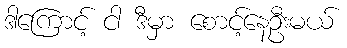
ဒါကြောင့် ငါ ဒီမှာ စောင့်နေဦးမယ်